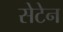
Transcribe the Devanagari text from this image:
सेटेन